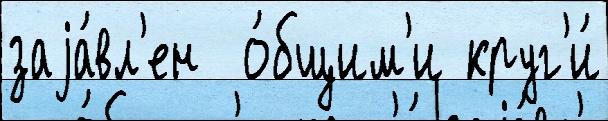
заjа́вл'ен  о́бщим'и круг'и́